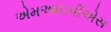
એમઆઇપીએસ